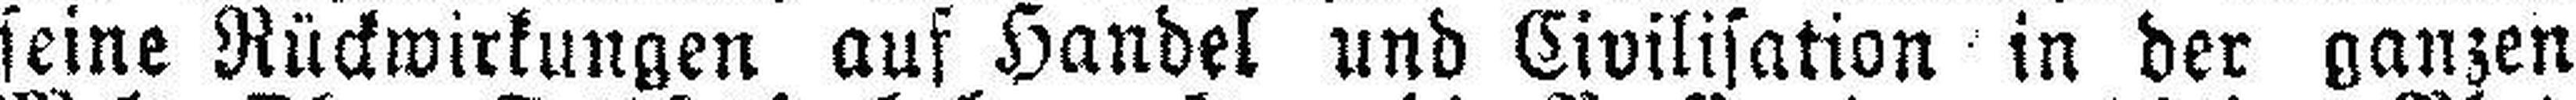
seine Rückwirkungen auf Handel und Civilisation in der ganzen